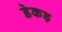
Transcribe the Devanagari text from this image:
डेकड़